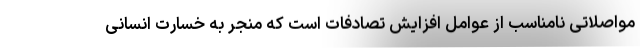
مواصلاتی نامناسب از عوامل افزایش تصادفات است که منجر به خسارت انسانی